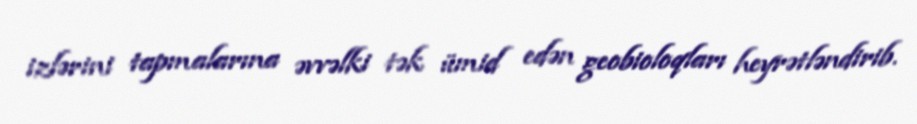
izlərini tapmalarına əvvəlki tək ümid edən geobioloqları heyrətləndirib.